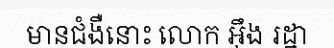
មានជំងឺនោះ លោក អ៊ឹង រដ្ឋា